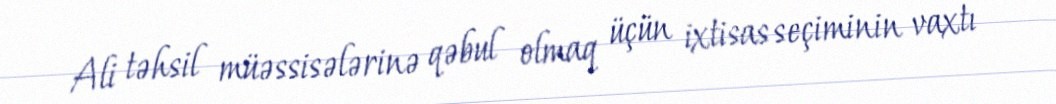
Ali təhsil müəssisələrinə qəbul olmaq üçün ixtisas seçiminin vaxtı